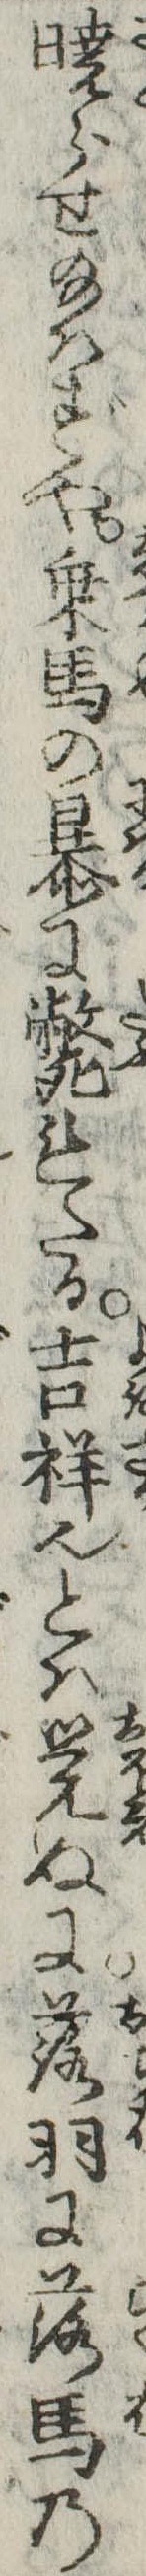
暁らせ給はずや乗馬の暴に斃れたる吉祥也とは覚ぬに落羽に落馬の